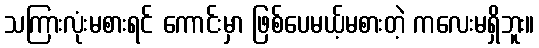
သကြားလုံးမစားရင် ကောင်းမှာ ဖြစ်ပေမယ့်မစားတဲ့ ကလေးမရှိဘူး။